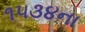
૧૫૩૪ના